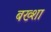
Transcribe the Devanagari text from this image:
बख्‍शा